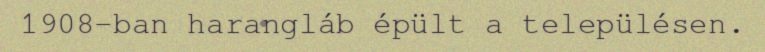
1908-ban harangláb épült a településen.